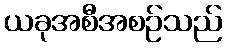
ယခုအစီအစဉ်သည်